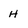
Character: H